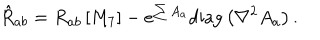
LaTeX: { \hat { R } _ { a b } = R _ { a b } \left[ M _ { 7 } \right] - e ^ { \sum A _ { a } } \textrm { d i a g } \left( \nabla ^ { 2 } A _ { a } \right) . }